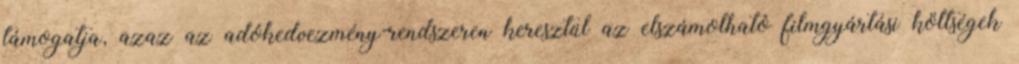
támogatja, azaz az adókedvezmény-rendszeren keresztül az elszámolható filmgyártási költségek